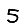
Digit: 5